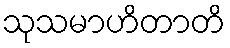
သုသမာဟိတာတိ